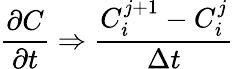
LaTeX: {\frac{\partial C}{\partial t}}\Rightarrow{\frac{C_{i}^{j+1}-C_{i}^{j}}{\Delta t}}